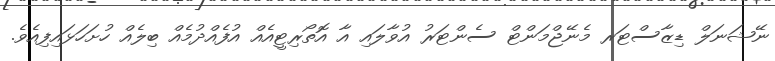
ނޭޝަނަލް ޑިޒާސްޓަރ މެނޭޖްމަންޓް ސެންޓަރު އުވާލައި އާ އޮތޯރިޓީއެއް އުފެއްދުމެއް ބިލެއް ހުށަހަޅައިފިއެވެ.